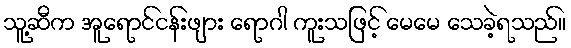
သူ့ဆီက အူရောင်ငန်းဖျား ရောဂါ ကူးသဖြင့် မေမေ သေခဲ့ရသည်။